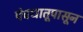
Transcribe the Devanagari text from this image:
पंचधातूपासून